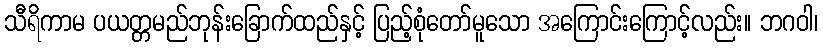
သီရိကာမ ပယတ္တမည်ဘုန်းခြောက်ထည်နှင့် ပြည့်စုံတော်မူသော အကြောင်းကြောင့်လည်း။ ဘဂဝါ၊